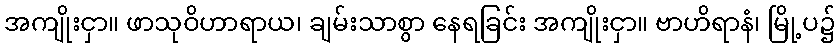
အကျိုးငှာ။ ဖာသုဝိဟာရာယ၊ ချမ်းသာစွာ နေရခြင်း အကျိုးငှာ။ ဗာဟိရာနံ၊ မြို့ပ၌